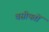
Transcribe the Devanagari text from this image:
वसीयतों